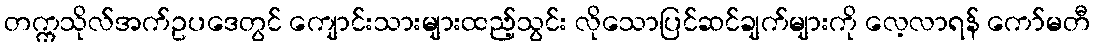
တက္ကသိုလ်အက်ဥပဒေတွင် ကျောင်းသားများထည့်သွင်း လိုသောပြင်ဆင်ချက်များကို လေ့လာရန် ကော်မတီ